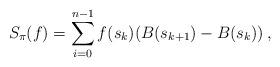
LaTeX: \begin{align*}S_\pi(f) =\sum_{i=0}^{n-1} f(s_k) (B(s_{k+1})-B(s_k))\,, \end{align*}